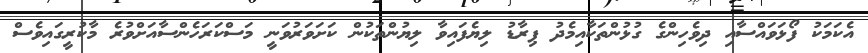
އެކަމަކު ފޯޅަވައްސާއި ދިވެހިންގެ ގުޅުންތަކާއިމެދު ޕިރާޑު ލިޔެފައިވާ ލިޔުންތަކުން ކަށަވަރުވަނީ މަސްކަރަހެންސާއަށްވުރެ މާކުރީގައިވެސް